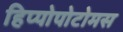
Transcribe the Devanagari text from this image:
हिप्पोपोटोमस